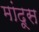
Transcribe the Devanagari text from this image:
मांदूस